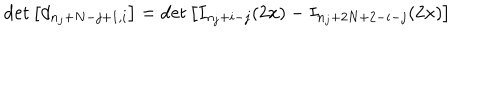
LaTeX: \det \left[ d _ { n _ { j } + N - j + 1 , i } \right] = \det \left[ I _ { n _ { j } + i - j } ( 2 x ) - I _ { n _ { j } + 2 N + 2 - i - j } ( 2 x ) \right]